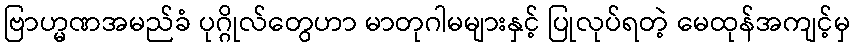
ဗြာဟ္မဏအမည်ခံ ပုဂ္ဂိုလ်တွေဟာ မာတုဂါမများနှင့် ပြုလုပ်ရတဲ့ မေထုန်အကျင့်မှ